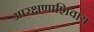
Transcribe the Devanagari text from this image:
आरक्षणाशिवाय